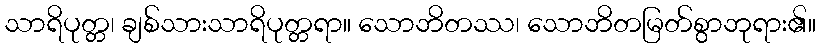
သာရိပုတ္တ၊ ချစ်သားသာရိပုတ္တရာ။ သောဘိတဿ၊ သောဘိတမြတ်စွာဘုရား၏။